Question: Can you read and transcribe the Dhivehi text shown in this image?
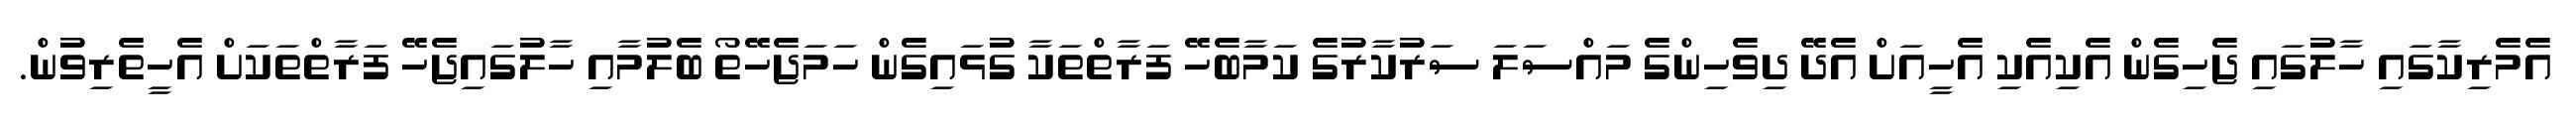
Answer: އެމެރިކާގައި ހާލުގައި ޖެހިގެން އެކިއެކި އެހީއަށް އެދޭ ދިވެހިންގެ މައްސަލަ ސަރުކާރުގެ ކަމާބެހޭ ފަރާތްތަކާ ގުޅައިގެން ހަމަޖެހޭތޯ ބެލުމާއި ހާލުގައިޖެހޭ ފަރާތްތަކަށް އެހީތެރިވުން.